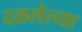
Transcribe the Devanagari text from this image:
दळलेल्या